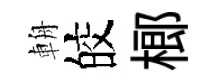
輈皎榔